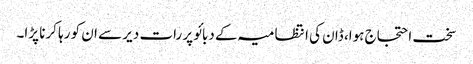
سخت احتجاج ہوا، ڈان کی انتظامیہ کے دبائو پر رات دیر سے ان کو رہا کرنا پڑا۔